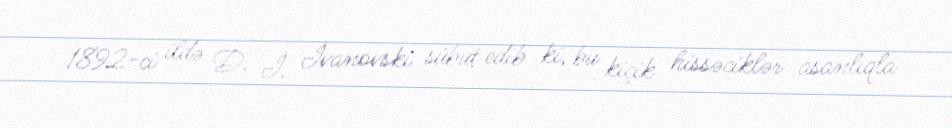
1892-ci ildə D. İ. İvanovski sübut edib ki, bu kiçik hissəciklər asanlıqla